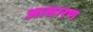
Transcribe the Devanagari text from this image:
आसारण